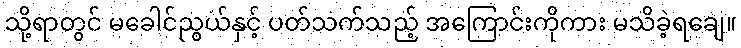
သို့ရာတွင် မခေါင်ညွယ်နှင့် ပတ်သက်သည့် အကြောင်းကိုကား မသိခဲ့ရချေ။